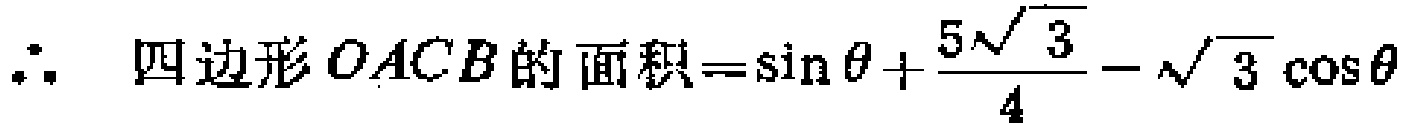
\(\therefore \text{ 四边形} OACB\text{ 的面积}=\sin\theta+\frac{5\sqrt{3}}{4}-\sqrt{3}\cos\theta\)